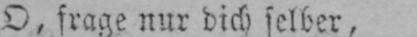
O, frage nur dich selber,